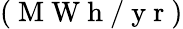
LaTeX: (\mathrm{~M~W~h~/~y~r~})